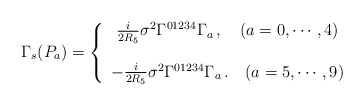
\begin{align*}\Gamma_{s}(P_{a})=\left\{ \begin{array}{c} \frac{i}{2R_5}\sigma^{2}\Gamma^{01234}\Gamma_a\, , \ \ \ (a=0,\cdots,4) \\ \\ -\frac{i}{2R_5}\sigma^{2} \Gamma^{01234}\Gamma_a\, . \ \ \ (a=5,\cdots,9) \end{array} \right.\end{align*}